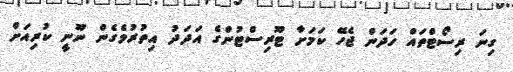
ގިނަ ރިސޯޓްތައް ހަދަން ޖެހޭ ކަމަށާ ޓޫރިސްޓުންގެ އަދަދު އިތުރުވެގެން ނޫނީ ކުރިއަށް